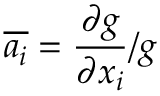
\overline { { a _ { i } } } = \frac { \partial g } { \partial x _ { i } } / g